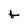
Character: t